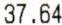
37.64